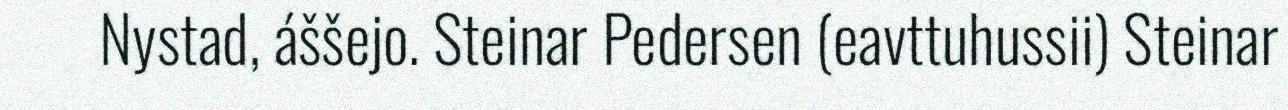
Nystad, áššejo. Steinar Pedersen (eavttuhussii) Steinar